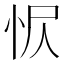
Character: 𢘧